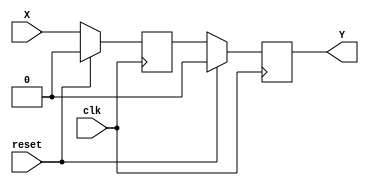
`define SIMULATION_MEMORY

module shiftRegFIFO_2_1 (
	input [0:0] X,
	output [0:0] Y,
	input reset,
	input clk
);

reg [0:0] mem_0;
reg [0:0] mem_1;
assign Y = mem_1;

always @ (posedge clk) begin
	if (reset) begin
		mem_0 <= 0;
		mem_1 <= 0;
	end else begin
		mem_1 <= mem_0;
		mem_0 <= X;
	end
end

endmodule